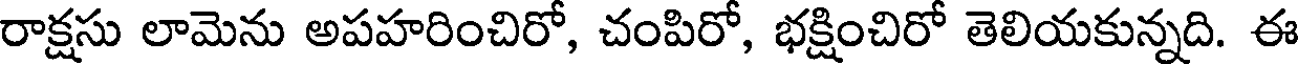
రాక్షసు లామెను అపహరించిరో, చంపిరో, భక్షించిరో తెలియకున్నది. ఈ